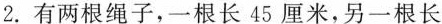
2.有两根绳子，一根长45厘米，另一根长